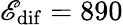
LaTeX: \mathscr{E}_{\mathrm{{dif}}}=890